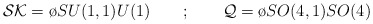
\begin{align*}{\cal SK}={\o{SU(1,1)}{U(1)}} \quad \quad ; \quad \quad {\cal Q}= {\o{SO(4,1)}{SO(4)}}\end{align*}